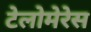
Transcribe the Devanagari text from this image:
टेलोमेरेस